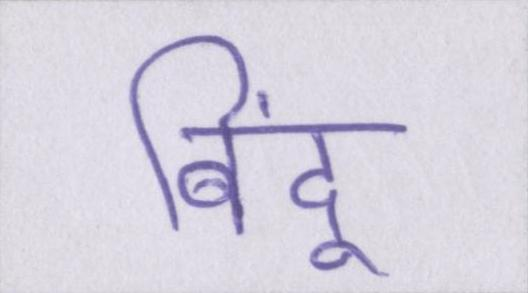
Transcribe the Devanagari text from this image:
बिंदू